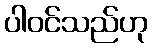
ပါဝင်သည်ဟု